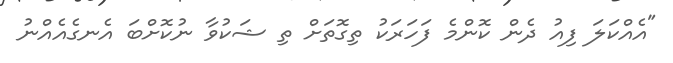
"އެއްކަލަ ފިއު ދެން ކޮންމެ ފަހަރަކު ތިގޮތަށް ތި ޝަކުވާ ނުކޮށްބަ އެނގެއެއްނު